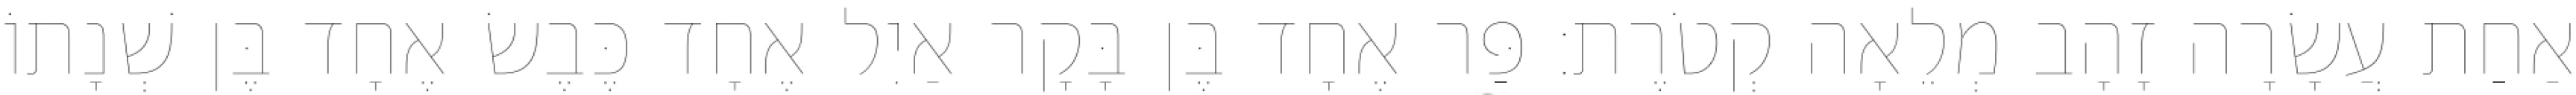
אַחַת עֲשָׂרָה זָהָב מְלֵאָה קְטֹרֶת׃ פַּר אֶחָד בֶּן בָּקָר אַיִל אֶחָד כֶּבֶשׂ אֶחָד בֶּן שְׁנָתוֹ